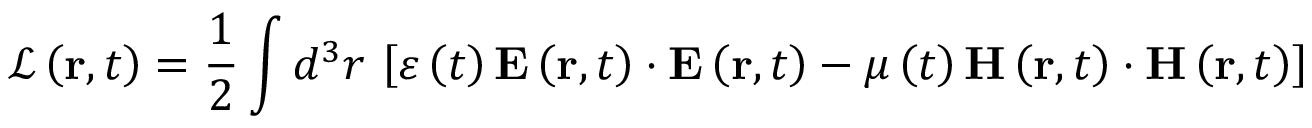
\mathcal { L } \left( \mathbf { r } , t \right) = \frac { 1 } { 2 } \int d ^ { 3 } r \, \left[ \varepsilon \left( t \right) \mathbf { E } \left( \mathbf { r } , t \right) \cdot \mathbf { E } \left( \mathbf { r } , t \right) - \mu \left( t \right) \mathbf { H } \left( \mathbf { r } , t \right) \cdot \mathbf { H } \left( \mathbf { r } , t \right) \right]